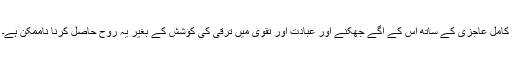
کامل عاجزی کے ساتھ اس کے آگے جھکنے اور عبادت اور تقویٰ میں ترقی کی کوشش کے بغیر یہ روح حاصل کرنا ناممکن ہے۔